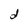
Character: d